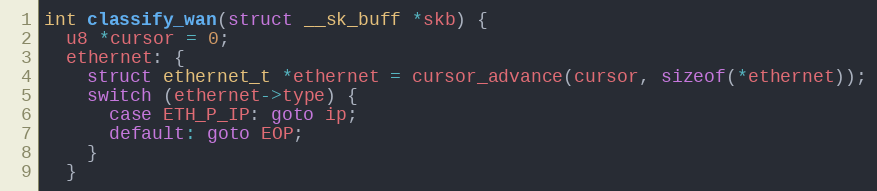
Language: C
int classify_wan(struct __sk_buff *skb) {
  u8 *cursor = 0;
  ethernet: {
    struct ethernet_t *ethernet = cursor_advance(cursor, sizeof(*ethernet));
    switch (ethernet->type) {
      case ETH_P_IP: goto ip;
      default: goto EOP;
    }
  }